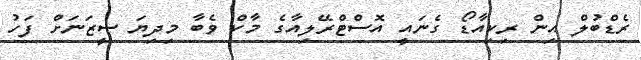
ރެޑްބުލް އިން ރިކިއާޑޯ ގެނައީ އޮސްޓްރޭލިއާގެ މާކް ވެބާ މިދިޔަ ސީޒަނަށް ފަހު